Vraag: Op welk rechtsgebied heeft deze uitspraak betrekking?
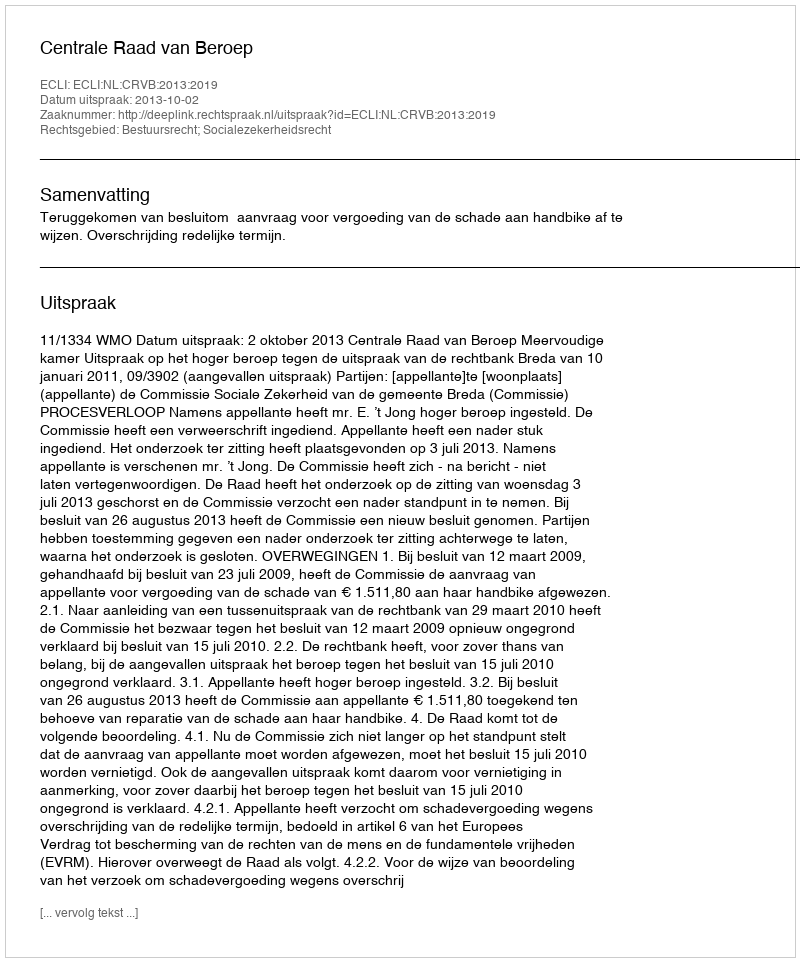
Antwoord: Bestuursrecht; Socialezekerheidsrecht